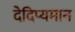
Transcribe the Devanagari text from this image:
देदिप्यमान